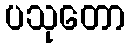
ပသုတော